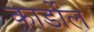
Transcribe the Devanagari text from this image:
कार्डोल